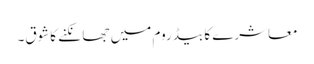
معاشرے کا بیڈ روم میں جھانکنے کاشوق۔